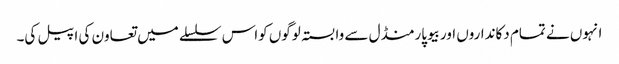
انہوں نے تمام دکانداروں اوربیوپارمنڈل سے وابستہ لوگوں کواس سلسلے میں تعاون کی اپیل کی۔